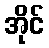
အိုင်